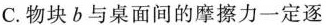
C.物块b与桌面间的摩擦力一定逐